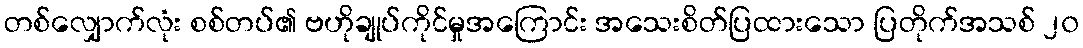
တစ်လျှောက်လုံး စစ်တပ်၏ ဗဟိုချုပ်ကိုင်မှုအကြောင်း အသေးစိတ်ပြထားသော ပြတိုက်အသစ် ၂၀